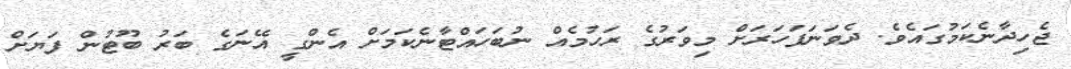
ޖެހިދާނެކަމުގައެވެ. ދެވަނަފަހަރަށް މިވަރުގެ ރަހުމެއް ނުބަހައްޓާނެކަމަށް އެންގީ އޭނަގެ ބަރު ބޫޓުން ފަޔަށް